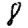
Digit: 8